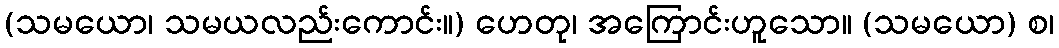
(သမယော၊ သမယလည်းကောင်း။) ဟေတု၊ အကြောင်းဟူသော။ (သမယော) စ၊